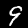
Label: 9